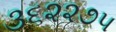
૩૬૨૨૭૫